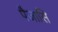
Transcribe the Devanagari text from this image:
पैजासि